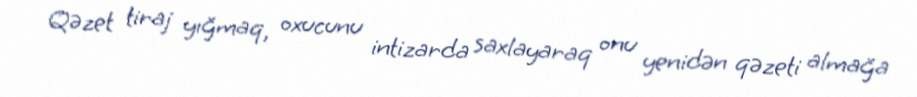
Qəzet tiraj yığmaq, oxucunu intizarda saxlayaraq onu yenidən qəzeti almağa